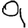
Digit: 9